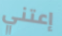
إعتني